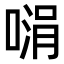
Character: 𪡵